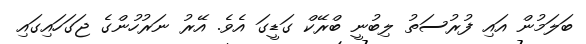
ބަލަމުން އައި ފުރުސަތު ލިބުނީ ބްރޭކް ގަޑީގަ އެވެ. އޭރު ނަރުހުންގެ ޖަގަހައިގައި